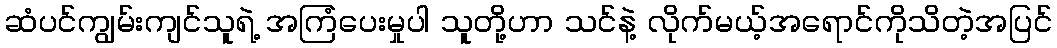
ဆံပင်ကျွမ်းကျင်သူရဲ့ အကြံပေးမှုပါ သူတို့ဟာ သင်နဲ့ လိုက်မယ့်အရောင်ကိုသိတဲ့အပြင်